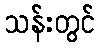
သန်းတွင်